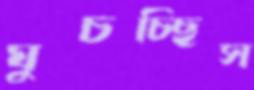
ঘুচচ্ছিস